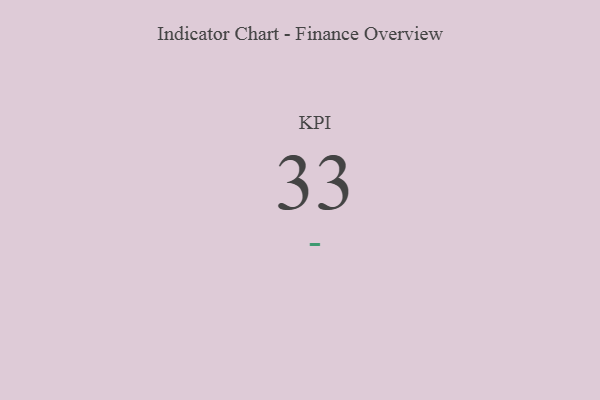
{"axis": {"x": "KPI", "y": "Value"}, "legend": [""], "data": [{"x": "KPI", "y": 33, "type": ""}]}